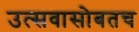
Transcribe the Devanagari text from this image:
उत्सवासोबतच